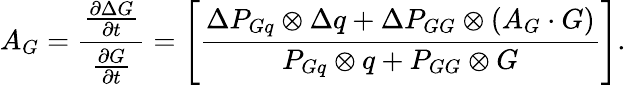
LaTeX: A_{G}={\frac{\frac{\partial\Delta G}{\partial t}}{\frac{\partial G}{\partial t}}}=\Biggl[{\frac{\Delta P_{Gq}\otimes\Delta q+\Delta P_{GG}\otimes(A_{G}\cdot G)}{P_{Gq}\otimes q+P_{GG}\otimes G}}\Biggr].